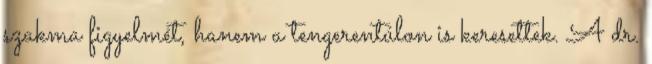
szakma figyelmét, hanem a tengerentúlon is keresettek. A dr.